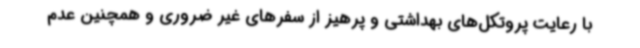
با رعایت پروتکل‌های بهداشتی و پرهیز از سفرهای غیر ضروری و همچنین عدم